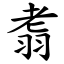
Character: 䎝